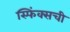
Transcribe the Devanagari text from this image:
स्फिंक्सची